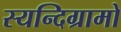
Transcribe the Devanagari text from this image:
स्यन्दिग्रामो